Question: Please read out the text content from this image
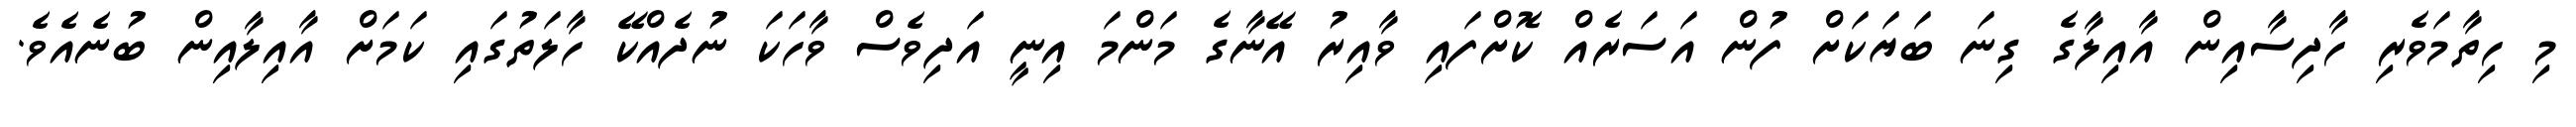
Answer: މި ހިތާމަވެރި ހާދިސާއިން އާއިލާގެ ގިނަ ބަޔަކަށް ފުން އަސަރެއް ކޮށްފައި ވާއިރު އޭނާގެ މަންމަ އިނީ އަދިވެސް ވާހަކަ ނުދެއްކޭ ހާލަތުގައި ކަމަށް އާއިލާއިން ބުނެއެވެ.